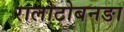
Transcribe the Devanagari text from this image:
रालोटोबनङा